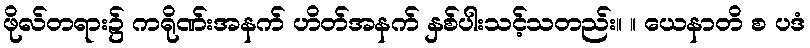
ဖိုလ်တရား၌ ကရိုဏ်းအနက် ဟိတ်အနက် နှစ်ပါးသင့်သတည်း။ ။ ယေနာတိ စ ပဒံ